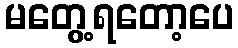
မတွေ့ရတော့ပေ